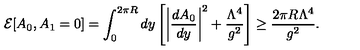
{ \cal E } [ A _ { 0 } , A _ { 1 } = 0 ] = \int _ { 0 } ^ { 2 \pi R } d y \left[ \bigg | \frac { d A _ { 0 } } { d y } \bigg | ^ { 2 } + \frac { \Lambda ^ { 4 } } { g ^ { 2 } } \right] \geq \frac { 2 \pi R \Lambda ^ { 4 } } { g ^ { 2 } } .